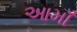
આમાઁ